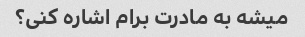
میشه به مادرت برام اشاره کنی؟